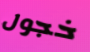
خجول